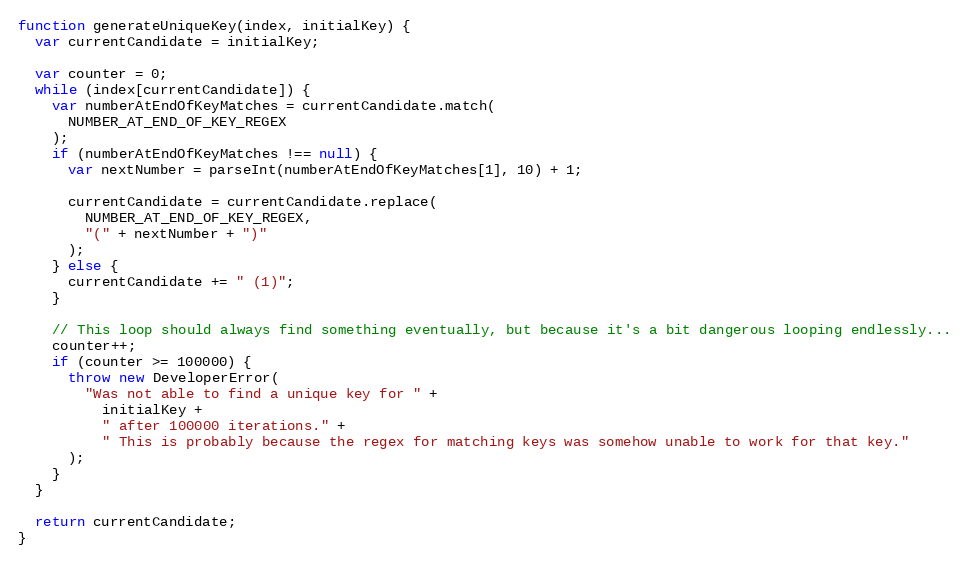
Language: JavaScript
function generateUniqueKey(index, initialKey) {
  var currentCandidate = initialKey;

  var counter = 0;
  while (index[currentCandidate]) {
    var numberAtEndOfKeyMatches = currentCandidate.match(
      NUMBER_AT_END_OF_KEY_REGEX
    );
    if (numberAtEndOfKeyMatches !== null) {
      var nextNumber = parseInt(numberAtEndOfKeyMatches[1], 10) + 1;

      currentCandidate = currentCandidate.replace(
        NUMBER_AT_END_OF_KEY_REGEX,
        "(" + nextNumber + ")"
      );
    } else {
      currentCandidate += " (1)";
    }

    // This loop should always find something eventually, but because it's a bit dangerous looping endlessly...
    counter++;
    if (counter >= 100000) {
      throw new DeveloperError(
        "Was not able to find a unique key for " +
          initialKey +
          " after 100000 iterations." +
          " This is probably because the regex for matching keys was somehow unable to work for that key."
      );
    }
  }

  return currentCandidate;
}